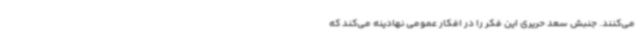
می‌کنند. جنبش سعد حریری این فکر را در افکار عمومی نهادینه می‌کند که